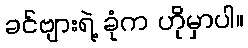
ခင်ဗျားရဲ့ ခုံက ဟိုမှာပါ။